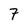
Character: 7